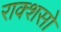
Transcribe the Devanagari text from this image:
राक्शसो